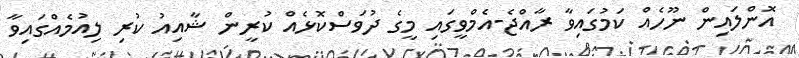
އޮންލައިން ނޫހެއް ކަމުގައިވާ ރާއްޖެ-އެމްވީގައި މީގެ ދުވަސްކޮޅެއް ކުރީން ޝާއިއު ކުރި ލިއުމެއްގައިވާ